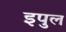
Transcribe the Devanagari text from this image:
इपुल